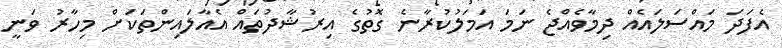
އެފަދަ މައްސަލައެއް ދިމާވެއްޖެ ނަމަ އަމަލުކުރާނެ ގޮތުގެ އިރުޝާދުތައް އެއާލައިންތަކަށް މިހާރު ވަނީ